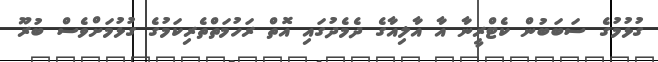
ގުޅުމުގެ ސަބަބުން ކެޓްރީނާ އާ އާލިއާގެ ދެމެދުގައި އޮތް ރަހުމަތްތެރިކަމުގެ ގުޅުމަށްވެސް ބުރޫ